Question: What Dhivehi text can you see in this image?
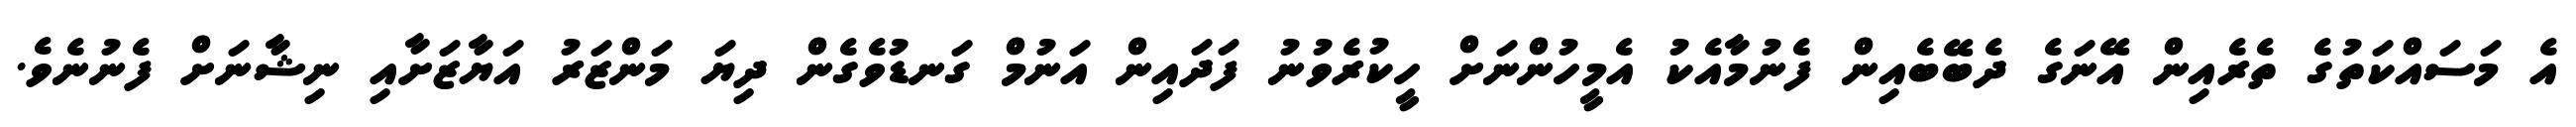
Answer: އެ މަސައްކަތުގެ ތެރެއިން އޭނަގެ ދެބޭބެއިން ފެނުމާއެކު އެމީހުންނަށް ހީކުރެވުނު ފަދައިން އަނުމް ގަނޑުވެގެން ދިޔަ މަންޒަރު އަޔާޒަށާއި ނިޝާނަށް ފެނުނެވެ.